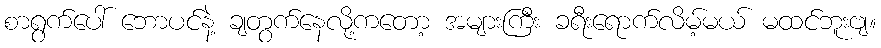
စာရွက်ပေါ် ဘောပင်နဲ့ ချတွက်နေလို့ကတော့ အများကြီး ခရီးရောက်လိမ့်မယ် မထင်ဘူးဗျ။